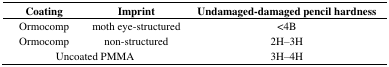
<table><thead><tr><td><b>Coating</b></td><td><b>Imprint</b></td><td><b>Undamaged-damaged pencil hardness</b></td></tr></thead><tbody><tr><td>Ormocomp</td><td>moth eye-structured</td><td>&lt;4B</td></tr><tr><td>Ormocomp</td><td>non-structured </td><td>2H–3H</td></tr><tr><td colspan="2">Uncoated PMMA</td><td>3H–4H</td></tr></tbody></table>